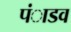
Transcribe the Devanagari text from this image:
पंाडव